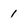
Character: 1